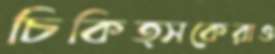
চিকিত্সকেরাও